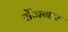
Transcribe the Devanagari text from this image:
र्रोजगार